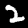
Digit: 2